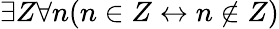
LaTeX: \exists Z\forall n(n\in Z\leftrightarrow n\not\in Z)